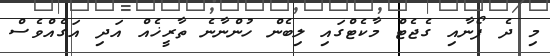
މި ދެ ފޯނާއި ގެޖެޓް މާކެޓްގައި ލިބެން ހުންނާނެ ތާރީޚެއް އަދި އަގެއްވެސް